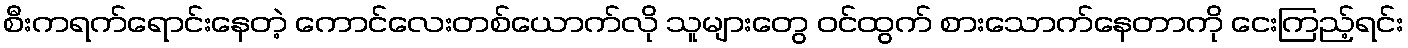
စီးကရက်ရောင်းနေတဲ့ ကောင်လေးတစ်ယောက်လို သူများတွေ ဝင်ထွက် စားသောက်နေတာကို ငေးကြည့်ရင်း